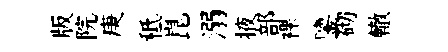
版院庚秪崑溺掖部裸鑒砌轍